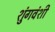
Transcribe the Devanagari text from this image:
शुंगवंशी